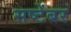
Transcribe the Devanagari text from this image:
सष्टेंबर